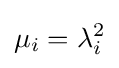
\mu _{i}=\lambda _{i}^{2}